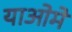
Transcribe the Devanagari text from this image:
याओमे